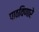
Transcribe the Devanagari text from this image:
पाठविणारे